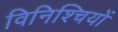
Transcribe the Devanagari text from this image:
विनिश्चियों